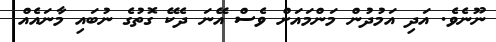
ނޫނެވެ. އަދި އަމުދުން މަންމައަށް ވެސް އޭނަ ދެކޭ ގޮތުގެ ނުބައި މާނައެއް